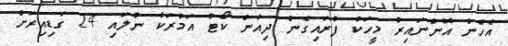
އެހެން އޮންނައިރު މީހަކު ފުރައިގެން ދިއުން ކޯޓު އަމުރަކާ ނުލައި 24 ގަޑިއިރަށް